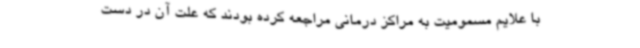
با علایم مسمومیت به مراکز درمانی مراجعه کرده بودند که علت آن در دست